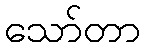
သော်တာ